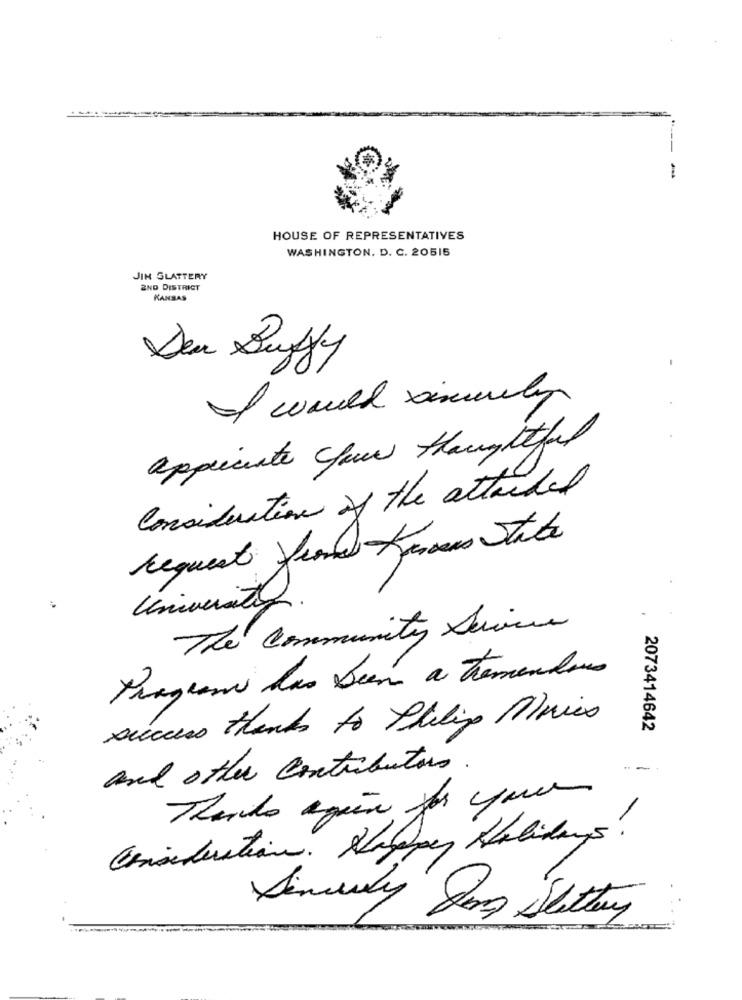
HOUSE OF REPRESENTATIVES
WASHINGTON, D. C. 20515
JIN SLATTERY
2ND DISTRICT
KANSAS
Den Duffy
appreciate your Hangttefal
Consideration of the attached
request from Franceus State
The Community Service
Program das Deem a tremendous
success thanks to Philip Mrics
2073414642
and other contributors.
--
Thendo agun por que
Consideration. Kroppen Holidays!